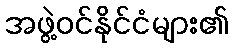
အဖွဲ့ဝင်နိုင်ငံများ၏